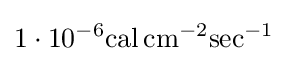
1\cdot 10^{-6}\mathrm {cal} \,\mathrm {cm} ^{-2}\mathrm {sec} ^{-1}